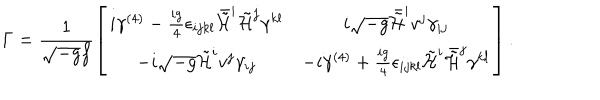
\Gamma = \frac { 1 } { \sqrt { - g } f } \left[ \begin{array} { c c } { { i \gamma ^ { ( 4 ) } - \frac { i g } { 4 } \epsilon _ { i j k l } \bar { \tilde { \cal H } } ^ { i } \tilde { \cal H } ^ { j } \gamma ^ { k l } } } & { { i \sqrt { - g } \bar { \tilde { \cal H } } ^ { i } v ^ { j } \gamma _ { i j } } } \\ { { - i \sqrt { - g } \tilde { \cal H } ^ { i } v ^ { j } \gamma _ { i j } } } & { { - i \gamma ^ { ( 4 ) } + \frac { i g } { 4 } \epsilon _ { i j k l } \tilde { \cal H } ^ { i } \bar { \tilde { \cal H } } ^ { j } \gamma ^ { k l } } } \\ \end{array} \right] .